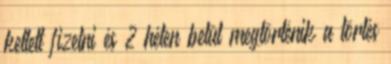
kellett fizetni és 2 héten belül megtörténik a törlés